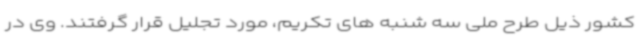
کشور ذیل طرح ملی سه شنبه های تکریم، مورد تجلیل قرار گرفتند. وی در